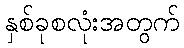
နှစ်ခုစလုံးအတွက်